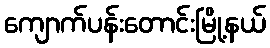
ကျောက်ပန်းတောင်းမြို့နယ်